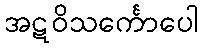
အဋဝိသင်္ကောပေါ